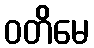
ဝတိမေ